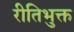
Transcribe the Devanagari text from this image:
रीतिभुक्त